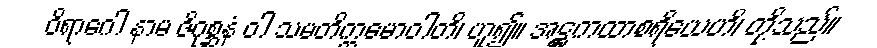
ဝိရာဂေါ နာမ ဇိဂုစ္ဆနံ ဝါ သမတိက္ကမောဝါတိ၊ ဟူ၍။ အဋ္ဌကထာစရိယေဟိ၊ တို့သည်။